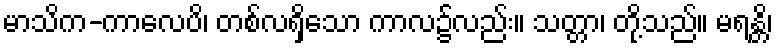
မာသိက-ကာလေပိ၊ တစ်လရှိသော ကာလ၌လည်း။ သတ္တာ၊ တို့သည်။ မရန္တိ၊